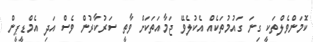
ކޮމަންވެލްތަކީ ގިނަ ގައުމުތަކެއް އެކުލެވޭ ޖަމާއަތަކަށް ވާތީ ސަރުކާރުން ވެސް އަދި އެމްޑީޕީން